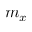
m _ { x }